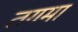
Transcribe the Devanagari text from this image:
तगमा